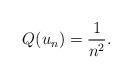
LaTeX: \begin{align*}Q(u_n) = \frac1{n^2}.\end{align*}